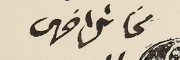
مخائل اخرس